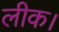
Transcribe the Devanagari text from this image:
लीक।